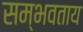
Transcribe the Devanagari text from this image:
सम्भवताय